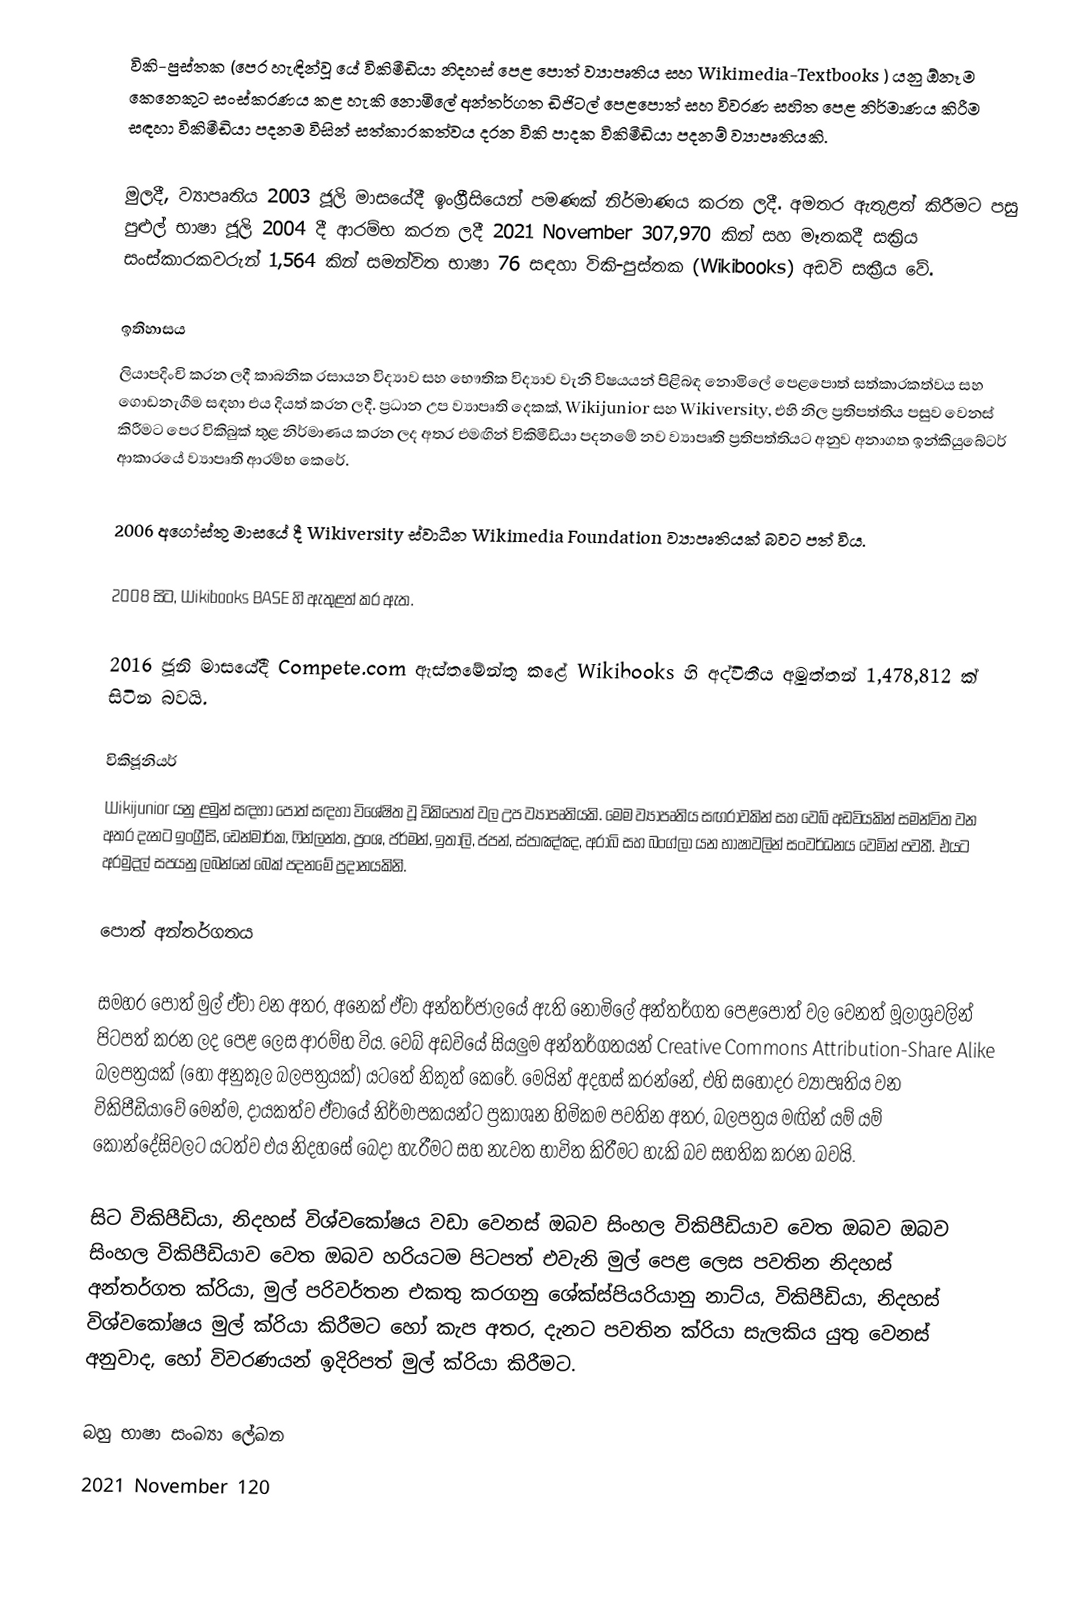
විකි-පුස්තක (පෙර හැඳින්වූ යේ විකිමීඩියා නිදහස් පෙළ පොත් ව්‍යාපෘතිය සහ Wikimedia-Textbooks ) යනු ඕනෑම කෙනෙකුට සංස්කරණය කළ හැකි නොමිලේ අන්තර්ගත ඩිජිටල් පෙළපොත් සහ විවරණ සහිත පෙළ නිර්මාණය කිරීම සඳහා විකිමීඩියා පදනම විසින් සත්කාරකත්වය දරන විකි පාදක  විකිමීඩියා පදනම් ව්‍යාපෘතියකි.

මුලදී, ව්‍යාපෘතිය 2003 ජූලි මාසයේදී ඉංග්‍රීසියෙන් පමණක් නිර්මාණය කරන ලදී. අමතර ඇතුළත් කිරීමට පසු පුළුල් භාෂා ජූලි 2004 දී ආරම්භ කරන ලදී  2021 November 307,970 කින් සහ මෑතකදී සක්‍රිය සංස්කාරකවරුන් 1,564 කින් සමන්විත භාෂා 76  සඳහා විකි-පුස්තක (Wikibooks) අඩවි සක්‍රීය වේ.

ඉතිහාසය
 ලියාපදිංචි කරන ලදී  කාබනික රසායන විද්‍යාව සහ භෞතික විද්‍යාව වැනි විෂයයන් පිළිබඳ නොමිලේ පෙළපොත් සත්කාරකත්වය සහ ගොඩනැගීම සඳහා එය දියත් කරන ලදී. ප්‍රධාන උප ව්‍යාපෘති දෙකක්, Wikijunior සහ Wikiversity, එහි නිල ප්‍රතිපත්තිය පසුව වෙනස් කිරීමට පෙර විකිබුක් තුළ නිර්මාණය කරන ලද අතර එමඟින් විකිමීඩියා පදනමේ නව ව්‍යාපෘති ප්‍රතිපත්තියට අනුව අනාගත ඉන්කියුබේටර් ආකාරයේ ව්‍යාපෘති ආරම්භ කෙරේ.

2006 අගෝස්තු මාසයේ දී Wikiversity ස්වාධීන Wikimedia Foundation ව්‍යාපෘතියක් බවට පත් විය.

2008 සිට, Wikibooks BASE හි ඇතුළත් කර ඇත.

2016 ජූනි මාසයේදී Compete.com ඇස්තමේන්තු කළේ Wikibooks හි අද්විතීය අමුත්තන් 1,478,812 ක් සිටින බවයි.

විකිජූනියර්
Wikijunior යනු ළමුන් සඳහා පොත් සඳහා විශේෂිත වූ විකිපොත් වල උප ව්‍යාපෘතියකි. මෙම ව්‍යාපෘතිය සඟරාවකින් සහ වෙබ් අඩවියකින් සමන්විත වන අතර දැනට ඉංග්‍රීසි, ඩෙන්මාර්ක, ෆින්ලන්ත, ප්‍රංශ, ජර්මන්, ඉතාලි, ජපන්, ස්පාඤ්ඤ, අරාබි සහ බංග්ලා යන භාෂාවලින් සංවර්ධනය වෙමින් පවතී. එයට අරමුදල් සපයනු ලබන්නේ බෙක් පදනමේ ප්‍රදානයකිනි.

පොත් අන්තර්ගතය

සමහර පොත් මුල් ඒවා වන අතර, අනෙක් ඒවා අන්තර්ජාලයේ ඇති නොමිලේ අන්තර්ගත පෙළපොත් වල වෙනත් මූලාශ්‍රවලින් පිටපත් කරන ලද පෙළ ලෙස ආරම්භ විය. වෙබ් අඩවියේ සියලුම අන්තර්ගතයන් Creative Commons Attribution-Share Alike බලපත්‍රයක් (හෝ අනුකූල බලපත්‍රයක්) යටතේ නිකුත් කෙරේ. මෙයින් අදහස් කරන්නේ, එහි සහෝදර ව්‍යාපෘතිය වන විකිපීඩියාවේ මෙන්ම, දායකත්ව ඒවායේ නිර්මාපකයන්ට ප්‍රකාශන හිමිකම පවතින අතර, බලපත්‍රය මඟින් යම් යම් කොන්දේසිවලට යටත්ව එය නිදහසේ බෙදා හැරීමට සහ නැවත භාවිත කිරීමට හැකි බව සහතික කරන බවයි.

සිට විකිපීඩියා, නිදහස් විශ්වකෝෂය වඩා වෙනස් ඔබව සිංහල විකිපීඩියාව වෙත ඔබව ඔබව සිංහල විකිපීඩියාව වෙත ඔබව හරියටම පිටපත් එවැනි මුල් පෙළ ලෙස පවතින නිදහස් අන්තර්ගත ක්රියා, මුල් පරිවර්තන එකතු කරගනු ශේක්ස්පියරියානු නාට්ය, විකිපීඩියා, නිදහස් විශ්වකෝෂය මුල් ක්රියා කිරීමට හෝ කැප අතර, දැනට පවතින ක්රියා සැලකිය යුතු වෙනස් අනුවාද, හෝ විවරණයන් ඉදිරිපත් මුල් ක්රියා කිරීමට.

බහු භාෂා සංඛ්‍යා ලේඛන
2021 November 120